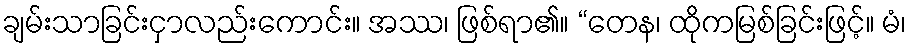
ချမ်းသာခြင်းငှာလည်းကောင်း။ အဿ၊ ဖြစ်ရာ၏။ “တေန၊ ထိုကမြစ်ခြင်းဖြင့်။ မံ၊